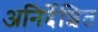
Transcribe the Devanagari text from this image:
अनिर्देशित